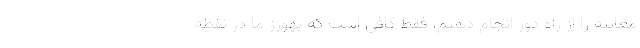
معاینه را از راه دور انجام دهیم، فقط کافی است که بهورز ما در نقطه